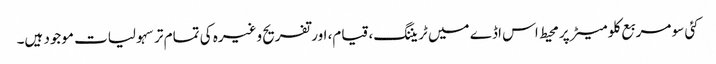
کئی سو مربع کلو میٹر پر محیط اس اڈے میں ٹریننگ، قیام، اور تفریح وغیرہ کی تمام تر سہولیات موجود ہیں۔